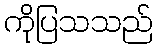
ကိုပြသသည်